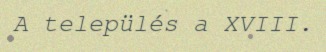
A település a XVIII.